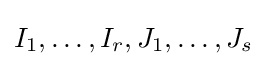
I_{1},\ldots ,I_{r},J_{1},\ldots ,J_{s}